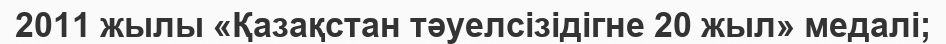
2011 жылы «Қазақстан тәуелсізідігне 20 жыл» медалі;